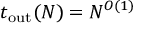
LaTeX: t _ { \mathrm { o u t } } ( N ) = N ^ { O ( 1 ) }